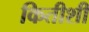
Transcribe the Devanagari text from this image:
कितीशी